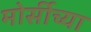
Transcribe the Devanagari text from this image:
मोर्सीच्या